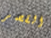
القصر